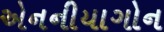
એનનીયાગોન